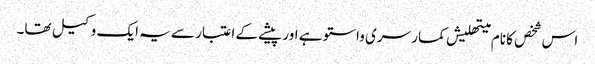
اس شخص کا نام میتھلیش کمار سری واستو ہے اور پیشے کے اعتبار سے یہ ایک وکیل تھا۔